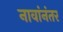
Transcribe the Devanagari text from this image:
नावांनंतर